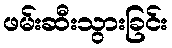
ဖမ်းဆီးသွားခြင်း